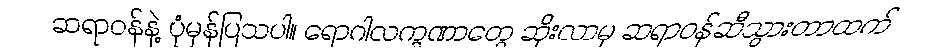
ဆရာဝန်နဲ့ ပုံမှန်ပြသပါ။ ရောဂါလက္ခဏာတွေ ဆိုးလာမှ ဆရာဝန်ဆီသွားတာထက်